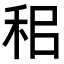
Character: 𥞐